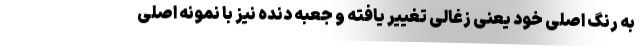
به رنگ اصلی خود یعنی زغالی تغییر یافته و جعبه دنده نیز با نمونه اصلی